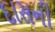
દાસની